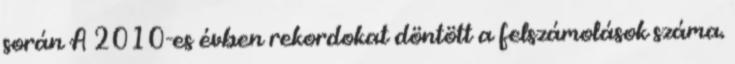
során A 2010-es évben rekordokat döntött a felszámolások száma.